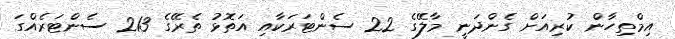
އިމްތިހާން ކުރިއަށް ގެންދަނީ މާލޭގެ 22 ސެންޓަރަކާއި އަތޮޅު ތެރޭގެ 213 ސެންޓަރެއްގަ